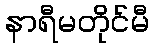
နာရီမတိုင်မီ